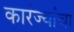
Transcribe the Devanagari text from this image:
कारंज्यांचा